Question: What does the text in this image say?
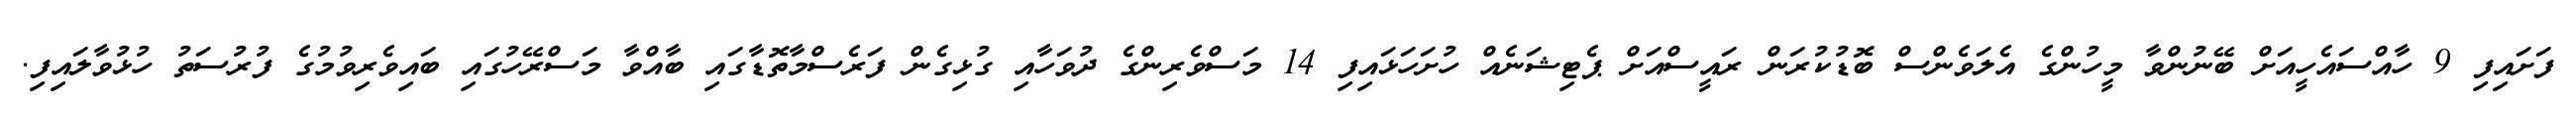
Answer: ފަށައިފި 9 ހާއްސައެހީއަށް ބޭނުންވާ މީހުންގެ އެލަވެންސް ބޮޑުކުރަން ރައީސްއަށް ޕެޓިޝަނެއް ހުށަހަޅައިފި 14 މަސްވެރިންގެ ދުވަހާއި ގުޅިގެން ފަރެސްމާތޮޑާގައި ބާއްވާ މަސްރޭހުގައި ބައިވެރިވުމުގެ ފުރުސަތު ހުޅުވާލައިފި.